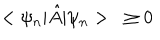
< \psi _ { n } | { \hat { A } } | \psi _ { n } > \geq 0